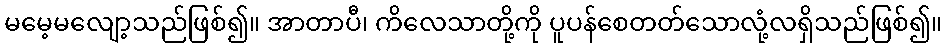
မမေ့မလျော့သည်ဖြစ်၍။ အာတာပီ၊ ကိလေသာတို့ကို ပူပန်စေတတ်သောလုံ့လရှိသည်ဖြစ်၍။